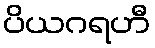
ပိယဂရဟီ